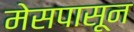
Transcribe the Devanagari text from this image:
मेसपासून